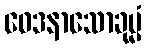
ဝေဒနာသောခုမ္မံ